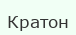
Кратон